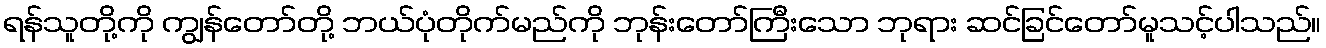
ရန်သူတို့ကို ကျွန်တော်တို့ ဘယ်ပုံတိုက်မည်ကို ဘုန်းတော်ကြီးသော ဘုရား ဆင်ခြင်တော်မူသင့်ပါသည်။